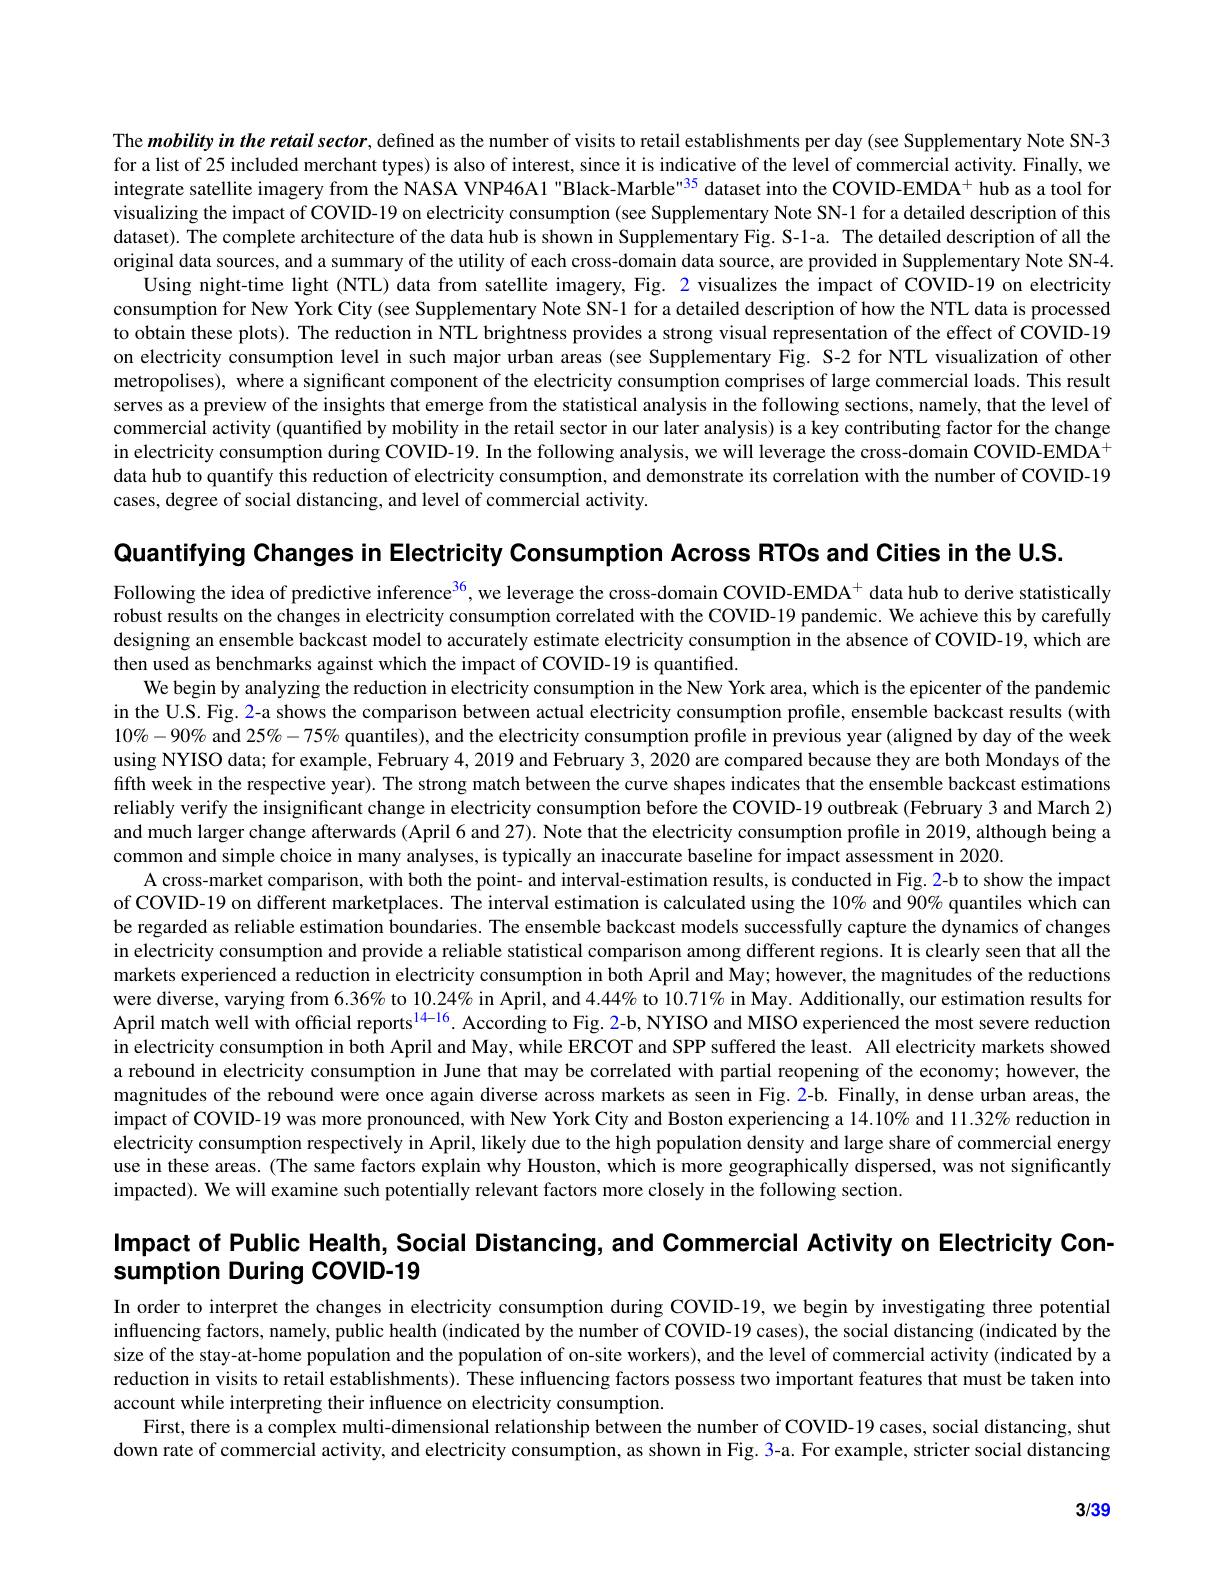
The mobility in the retail sector, defined as the number of visits to retail establishments per day (see Supplementary Note SN-3 for a list of 25 included merchant types) is also of interest, since it is indicative of the level of commercial activity. Finally, we integrate satellite imagery from the NASA VNP46A1 "Black-Marble"35 dataset into the COVID-EMDA$^{+}$ hub as a tool for visualizing the impact of COVID-19 on electricity consumption (see Supplementary Note SN-1 for a detailed description of this dataset). The complete architecture of the data hub is shown in Supplementary Fig. S-1-a. The detailed description of all the original data sources, and a summary of the utility of each cross-domain data source, are provided in Supplementary Note SN-4.
Using night-time light (NTL) data from satellite imagery, Fig. 2 visualizes the impact of COVID-19 on electricity consumption for New York City (see Supplementary Note SN-1 for a detailed description of how the NTL data is processed to obtain these plots). The reduction in NTL brightness provides a strong visual representation of the effect of COVID-19 on electricity consumption level in such major urban areas (see Supplementary Fig. S-2 for NTL visualization of other metropolises), where a significant component of the electricity consumption comprises of large commercial loads. This result serves as a preview of the insights that emerge from the statistical analysis in the following sections, namely, that the level of commercial activity (quantified by mobility in the retail sector in our later analysis) is a key contributing factor for the change in electricity consumption during COVID-19. In the following analysis, we will leverage the cross-domain COVID-EMDA$^{+}$ data hub to quantify this reduction of electricity consumption, and demonstrate its correlation with the number of COVID-19 cases, degree of social distancing, and level of commercial activity.

Quantifying Changes in Electricity Consumption Across RTOs and Cities in the U.S.

Following the idea of predictive inference$^{36}$, we leverage the cross-domain COVID-EMDA$^+$ data hub to derive statistically robust results on the changes in electricity consumption correlated with the COVID-19 pandemic. We achieve this by carefully designing an ensemble backcast model to accurately estimate electricity consumption in the absence of COVID-19, which are then used as benchmarks against which the impact of COVID-19 is quantified.
We begin by analyzing the reduction in electricity consumption in the New York area, which is the epicenter of the pandemic in the U.S. Fig. 2-a shows the comparison between actual electricity consumption profile, ensemble backcast results (with $10\%-90\%$ and $25\%-75\%$ quantiles), and the electricity consumption profile in previous year (aligned by day of the week using NYISO data; for example, February 4,2019 and February 3, 2020 are compared because they are both Mondays of the fifth week in the respective year). The strong match between the curve shapes indicates that the ensemble backcast estimations reliably verify the insignificant change in electricity consumption before the COVID-19 outbreak (February 3 and March 2) and much larger change afterwards (April 6 and 27). Note that the electricity consumption profile in 2019, although being a common and simple choice in many analyses, is typically an inaccurate baseline for impact assessment in 2020.
A cross-market comparison, with both the point- and interval-estimation results, is conducted in Fig. 2-b to show the impact of COVID-19 on different marketplaces. The interval estimation is calculated using the 10% and $90\%$ quantiles which can be regarded as reliable estimation boundaries. The ensemble backcast models successfully capture the dynamics of changes in electricity consumption and provide a reliable statistical comparison among different regions. It is clearly seen that all the markets experienced a reduction in electricity consumption in both April and May; however, the magnitudes of the reductions were diverse, varying from 6.36% to $10.24\%$ in April, and $4.44\%$ to 10.71% in May. Additionally, our estimation results for April match well with official reports$^{14-16}$. According to Fig. 2-b, NYISO and MISO experienced the most severe reduction in electricity consumption in both April and May, while ERCOT and SPP suffered the least. All electricity markets showed a rebound in electricity consumption in June that may be correlated with partial reopening of the economy; however, the magnitudes of the rebound were once again diverse across markets as seen in Fig. 2-b. Finally, in dense urban areas, the impact of COVID-19 was more pronounced, with New York City and Boston experiencing a 14.10% and $11.32\%$ reduction in electricity consumption respectively in April, likely due to the high population density and large share of commercial energy use in these areas. (The same factors explain why Houston, which is more geographically dispersed, was not significantly impacted). We will examine such potentially relevant factors more closely in the following section.

Impact of Public Health, Social Distancing, and Commercial Activity on Electricity Con-

sumption During COVID-19

In order to interpret the changes in electricity consumption during COVID-19, we begin by investigating three potential influencing factors, namely, public health (indicated by the number of COVID-19 cases), the social distancing (indicated by the size of the stay-at-home population and the population of on-site workers), and the level of commercial activity (indicated by a reduction in visits to retail establishments). These influencing factors possess two important features that must be taken into account while interpreting their influence on electricity consumption.
First, there is a complex multi-dimensional relationship between the number of COVID-19 cases, social distancing, shut down rate of commercial activity, and electricity consumption, as shown in Fig. 3-a. For example, stricter social distancing

3/39